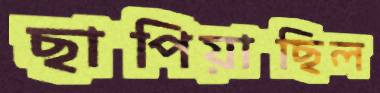
ছাপিয়াছিল